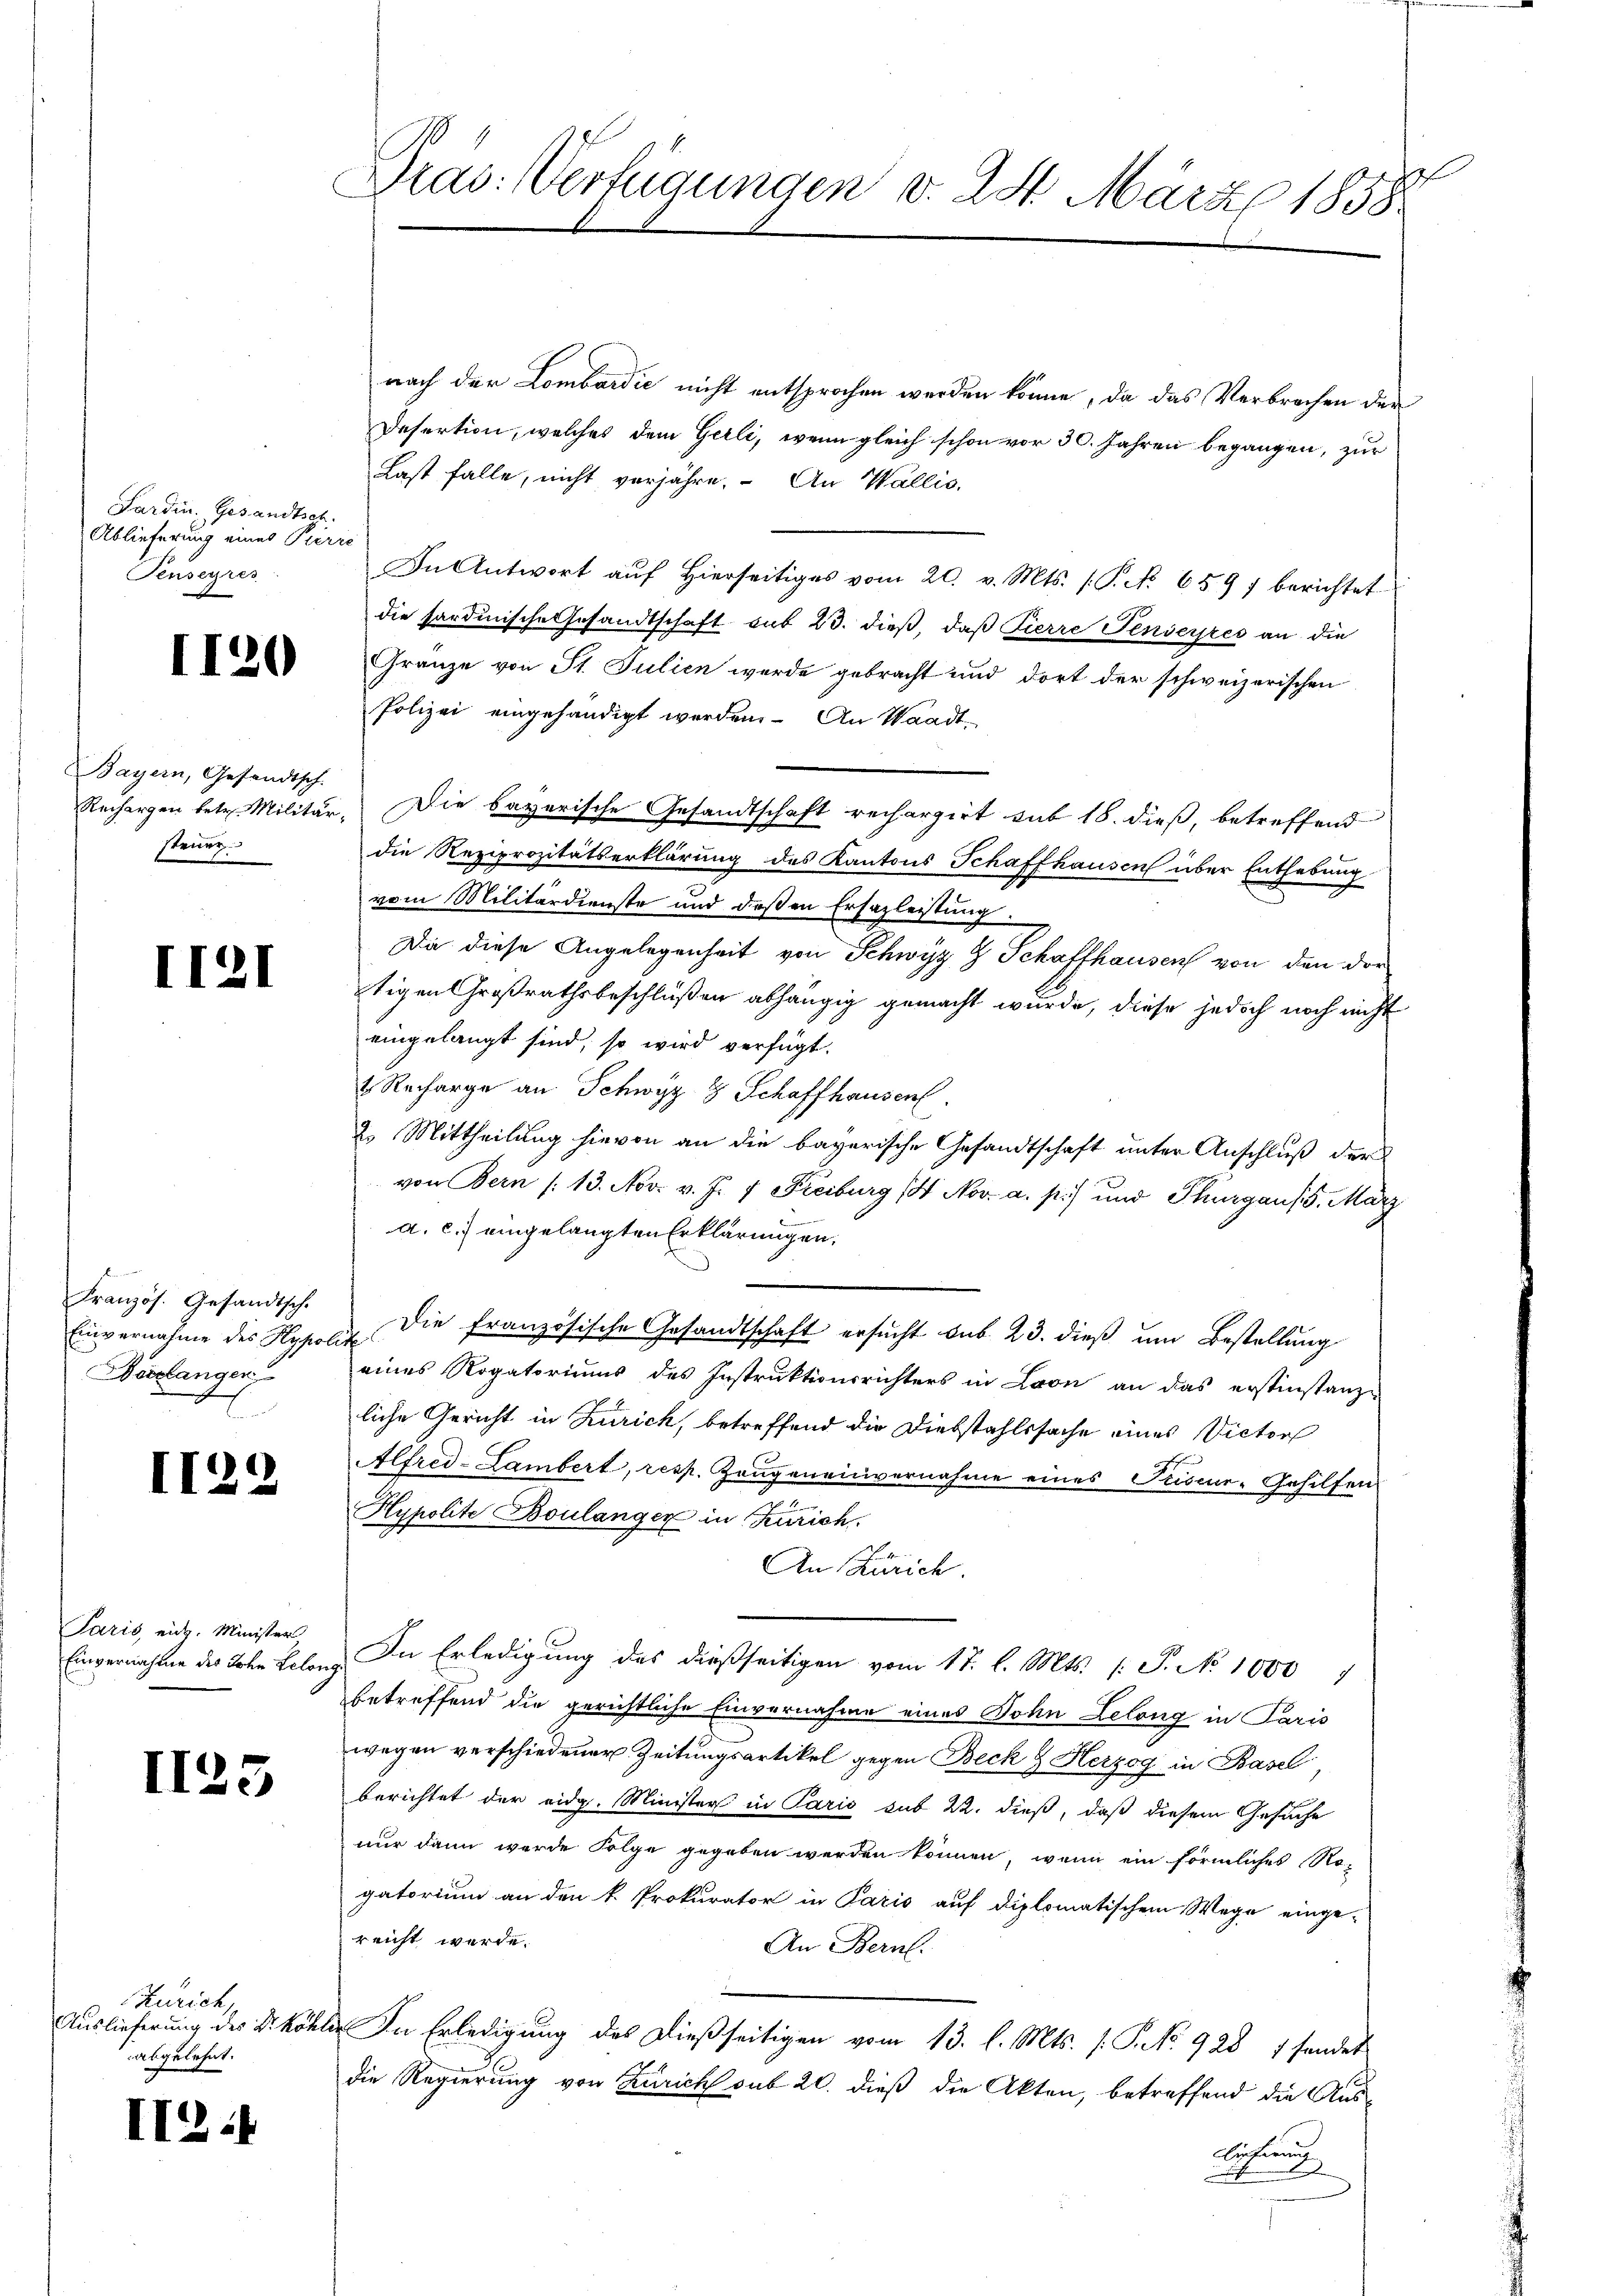
Sardin. Gesandtsch.
Ablieferung eines Pierre
Penseyres

I

Paris eich. Minister
Einvernahme des John Lelon

II23

Zürich
Auslieferung des Dr Röh
abgelehnt.

II.

1120

Bayern, Gesandtsch
steuer.

II21

Französ. Gesandtsch.
Einvernahme des Hypo
Verlangen

2

f
Dras: Verfügungen d. 24. März 1858

nach der Lombardić nicht entsprochen werden könne, da das Verbrechen der
Desertion, welches dem Gerli, wenn gleich schon vor 30. Jahren begangen, zur
Last falle, nicht verjahre. An Wallis,
In Antwort aŭf hierseitiges vom 20. v. Mts. (T. No. 659, berichtet
die sardinische Gesandtschaft aus 23. dieß, daß Fierre Senseres an die
Gränze von St. Julien werde gebracht und dort der schweizerischen
Polizei eingehändigt werden. An Waadt,
Rechargen betr. Militär. Die bayerische Gesandtschaft recherzirt sub 18. dieß, betreffend
die Reziprozitätserklärung des Kantons Schaffhausen über Enthebung
vom Militärdienste und deßen Ersazleistung.
Da diese Angelegenheit von Schwyz & Schaffhausen von den dor
tigen Großrathsbeschlüßen abhängig gemacht wurde, diese jedoch noch nicht
eingelangt sind, so wird verfügt.
2 Recharge an Schwyz 8 Schaffhausen
2. Mittheilung hievon an die bayerische Gesandtschaft unter Anschluß der
von Bern (13. Nov. v. J. 7 Freiburg (4. Nov. a. p.) und Thurgaus 5. März
a. c.) eingelangten Erklärungen.
u die französische Gesandtschaft ersucht sub 23. dieß um Bestellung
eines Rogatoriums des Instruktionsrichters in Lyon an das erstinstanze
liche Gericht in Zürich, betreffend die Diebstahlssache eines Victor
Alfred-Lambert, resp. Zeugeneinvernahme eines Tuscur-Gehilfen
Hypolite Boulanger in Zürich.
An Zürich.
In Erledigung des dießseitigen vom 17. l. Mts. (: P. No 1000
betreffend die gerichtliche Einvernahme eines Bohn Lelang in Paris
wegen verschiedener Zeitungsartikel gegen Beck & Herzog in Basel,
berichtet der eidg. Minister in Paris sub 22. dieß, daß diesem Gesuche
nur dann wurde Folge gegeben werden können, wenn ein förmliches Ro-
gatorium an den k. Prokurator in Paris auf diplomatischem Wege einge-
reicht werde.
An Bern.
 In Erledigung des dießseitigen vom 13. l. Mts. s. S. No. 928 1 sendet
die Regierung von Zürich sub 20. dieß die Akten, betreffend die Aus¬
Lechnung